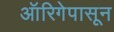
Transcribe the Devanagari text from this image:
ऑरिगेपासून